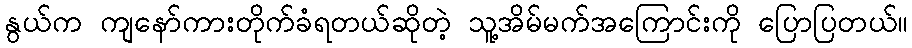
နွယ်က ကျနော်ကားတိုက်ခံရတယ်ဆိုတဲ့ သူ့အိမ်မက်အကြောင်းကို ပြောပြတယ်။